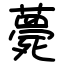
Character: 薨